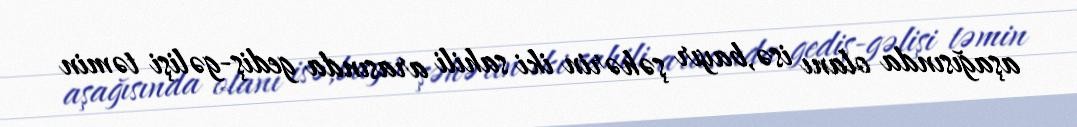
aşağısında olanı isə,bayır şəhərin iki sahili arasında gediş-gəlişi təmin